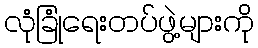
လုံခြုံရေးတပ်ဖွဲ့များကို